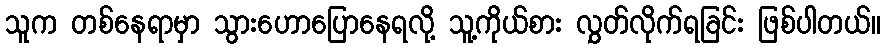
သူက တစ်နေရာမှာ သွားဟောပြောနေရလို့ သူ့ကိုယ်စား လွှတ်လိုက်ရခြင်း ဖြစ်ပါတယ်။